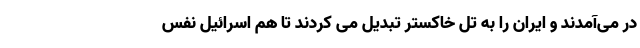
در می‌آمدند و ایران را به تل خاکستر تبدیل می کردند تا هم اسرائیل نفس